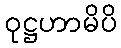
ဝုဋ္ဌဟာမိပိ